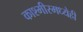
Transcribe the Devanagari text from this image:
काश्मीरमध्येही